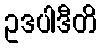
ဥဒပါဒီတိ